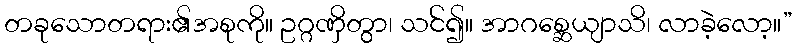
တခုသောတရား၏အစုကို။ ဥဂ္ဂဏှိတွာ၊ သင်၍။ အာဂစ္ဆေယျာသိ၊ လာခဲ့လော့။”